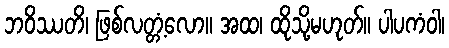
ဘဝိဿတိ၊ ဖြစ်လတ္တံ့လော။ အထ၊ ထိုသို့မဟုတ်။ ပါပကံဝါ၊